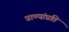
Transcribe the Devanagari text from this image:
प्राण्यांप्रति